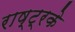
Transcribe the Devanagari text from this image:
राष्ट्रके